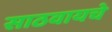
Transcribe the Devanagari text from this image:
साठवायचे